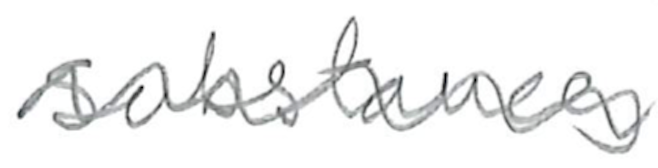
Text: Substances
Cross-out: wave
Writing tool: pencil